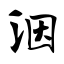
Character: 洇